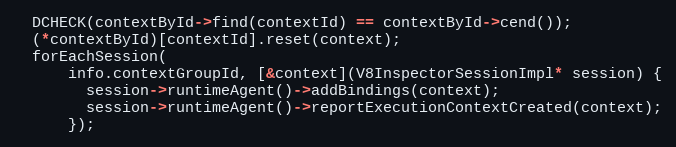
Language: C++
  DCHECK(contextById->find(contextId) == contextById->cend());
  (*contextById)[contextId].reset(context);
  forEachSession(
      info.contextGroupId, [&context](V8InspectorSessionImpl* session) {
        session->runtimeAgent()->addBindings(context);
        session->runtimeAgent()->reportExecutionContextCreated(context);
      });